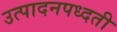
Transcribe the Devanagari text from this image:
उत्पादनपध्दती